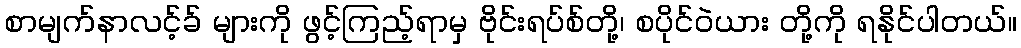
စာမျက်နာလင့်ခ် များကို ဖွင့်ကြည့်ရာမှ ဗိုင်းရပ်စ်တို့၊ စပိုင်ဝဲယား တို့ကို ရနိုင်ပါတယ်။